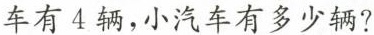
车有4辆，小汽车有多少辆?